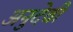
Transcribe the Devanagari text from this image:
अनुदेवी